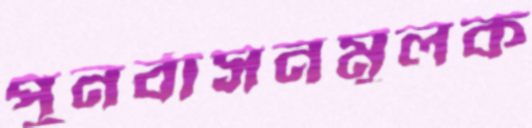
পুনর্বাসনমূলক